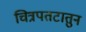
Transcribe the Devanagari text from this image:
चित्रपतटातुन